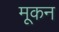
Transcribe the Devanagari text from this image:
मूकन